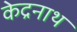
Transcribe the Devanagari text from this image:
केद्रनाथ